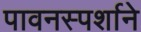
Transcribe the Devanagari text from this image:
पावनस्पर्शाने